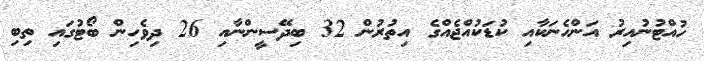
ހުއްޓުނުއިރު އަންހެނަކާއި ކުޑަކުއްޖެއްގެ އިތުރުން 32 ބިދޭސީންނާއި 26 ދިވެހިން ބޯޓުގައި ތިބި